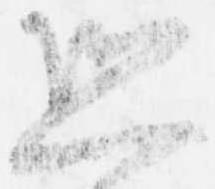
恐